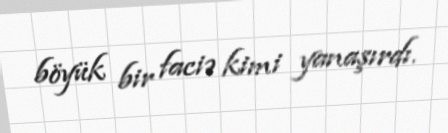
böyük bir faciə kimi yanaşırdı.